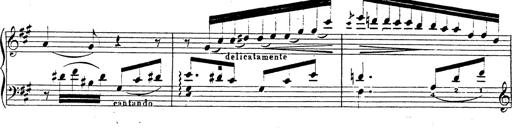
Title: Chanson bohÃ©mienne
Composer: Franz Liszt